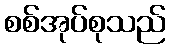
စစ်အုပ်စုသည်